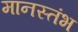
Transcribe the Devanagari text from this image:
मानस्तंभ